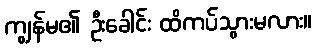
ကျွန်မ၏ ဦးခေါင်း ထိကပ်သွားမလား။